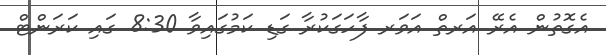
އެގޮތުން އެރޭ އަރތް އަވަރ ފާހަގަކުރާ ގަޑި ކަމުގައިވާ 8:30 ގައި ކަރަންޓް